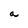
Character: a